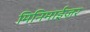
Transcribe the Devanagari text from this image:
मिनिमाईज़र